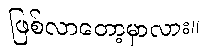
ဖြစ်လာတော့မှာလား။